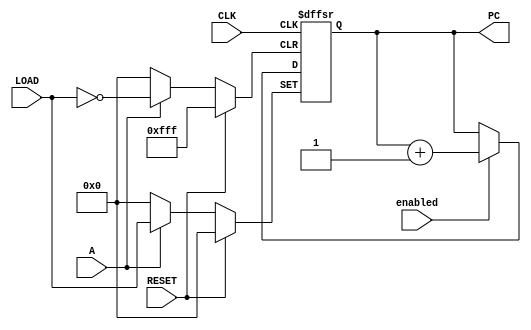
module counter(input CLK, RESET, A, enabled, input [11:0] LOAD, output reg [11:0] PC); 
	
	always @ (posedge CLK, posedge RESET, posedge A)
	
		if (RESET)  
			PC <= 0;
		else if (A)  
			PC <= LOAD;
		else if (enabled)  
			PC <= PC + 1;
endmodule